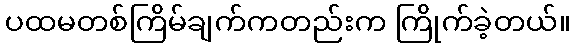
ပထမတစ်ကြိမ်ချက်ကတည်းက ကြိုက်ခဲ့တယ်။